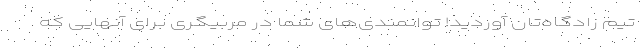
تیم زادگاه‌تان آوردید! توانمندی‌های شما در مربیگری برای آنهایی که